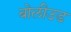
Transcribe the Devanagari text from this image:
बोलीउड